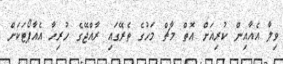
ވިލާ އެއާއިން ކުރިއަށް އޮތް މާޗް މަހުގެ ތެރޭގައި ރާއްޖޭގެ ހުރިހާ އެއާޕޯޓަކަށް